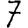
Digit: 7